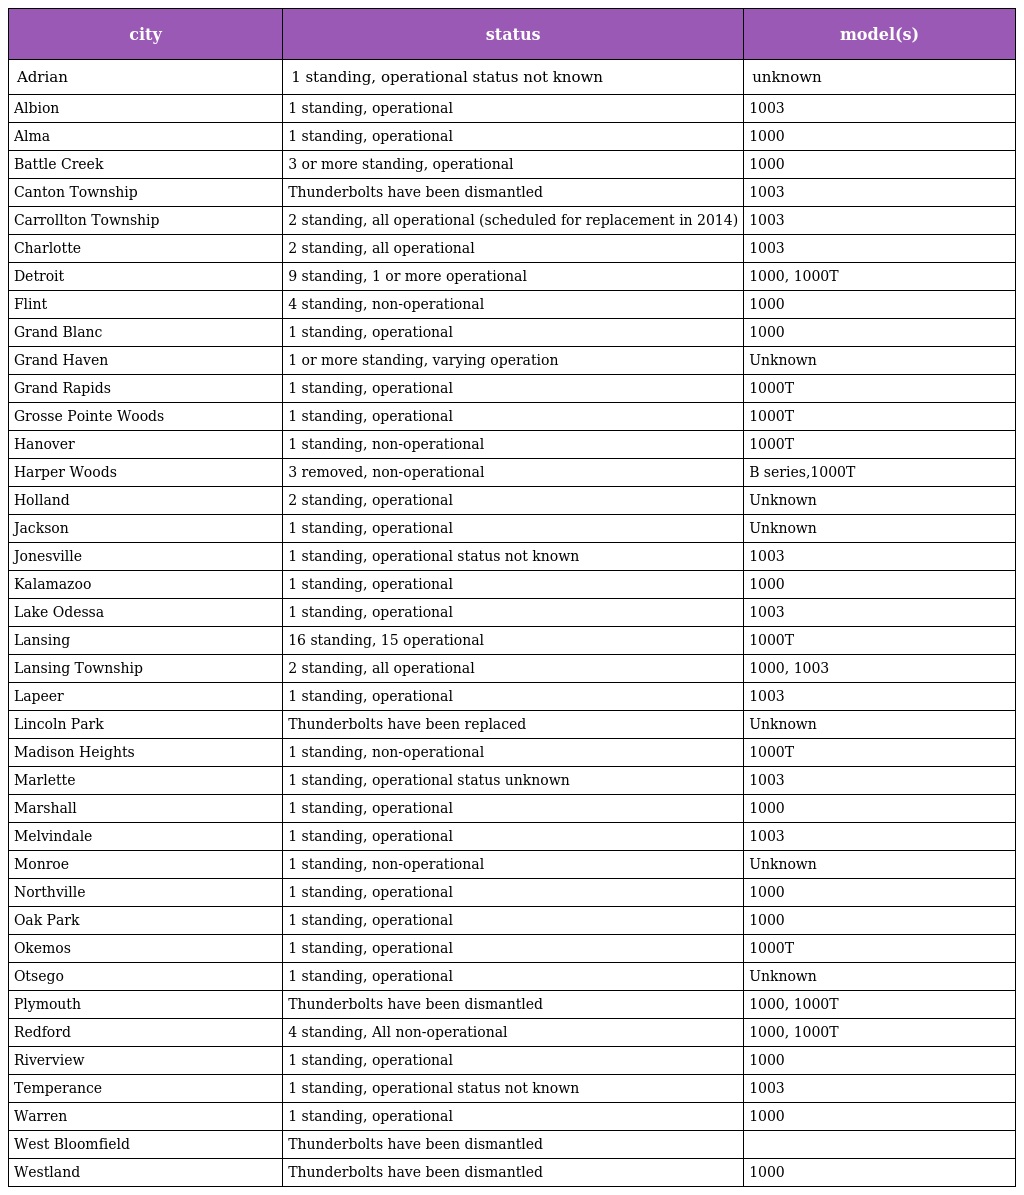
| city | status | model(s) |
 | --- | --- | --- |
 | Adrian | 1 standing, operational status not known | unknown |
 | Albion | 1 standing, operational | 1003 |
 | Alma | 1 standing, operational | 1000 |
 | Battle Creek | 3 or more standing, operational | 1000 |
 | Canton Township | Thunderbolts have been dismantled | 1003 |
 | Carrollton Township | 2 standing, all operational (scheduled for replacement in 2014) | 1003 |
 | Charlotte | 2 standing, all operational | 1003 |
 | Detroit | 9 standing, 1 or more operational | 1000, 1000T |
 | Flint | 4 standing, non-operational | 1000 |
 | Grand Blanc | 1 standing, operational | 1000 |
 | Grand Haven | 1 or more standing, varying operation | Unknown |
 | Grand Rapids | 1 standing, operational | 1000T |
 | Grosse Pointe Woods | 1 standing, operational | 1000T |
 | Hanover | 1 standing, non-operational | 1000T |
 | Harper Woods | 3 removed, non-operational | B series,1000T |
 | Holland | 2 standing, operational | Unknown |
 | Jackson | 1 standing, operational | Unknown |
 | Jonesville | 1 standing, operational status not known | 1003 |
 | Kalamazoo | 1 standing, operational | 1000 |
 | Lake Odessa | 1 standing, operational | 1003 |
 | Lansing | 16 standing, 15 operational | 1000T |
 | Lansing Township | 2 standing, all operational | 1000, 1003 |
 | Lapeer | 1 standing, operational | 1003 |
 | Lincoln Park | Thunderbolts have been replaced | Unknown |
 | Madison Heights | 1 standing, non-operational | 1000T |
 | Marlette | 1 standing, operational status unknown | 1003 |
 | Marshall | 1 standing, operational | 1000 |
 | Melvindale | 1 standing, operational | 1003 |
 | Monroe | 1 standing, non-operational | Unknown |
 | Northville | 1 standing, operational | 1000 |
 | Oak Park | 1 standing, operational | 1000 |
 | Okemos | 1 standing, operational | 1000T |
 | Otsego | 1 standing, operational | Unknown |
 | Plymouth | Thunderbolts have been dismantled | 1000, 1000T |
 | Redford | 4 standing, All non-operational | 1000, 1000T |
 | Riverview | 1 standing, operational | 1000 |
 | Temperance | 1 standing, operational status not known | 1003 |
 | Warren | 1 standing, operational | 1000 |
 | West Bloomfield | Thunderbolts have been dismantled |  |
 | Westland | Thunderbolts have been dismantled | 1000 |